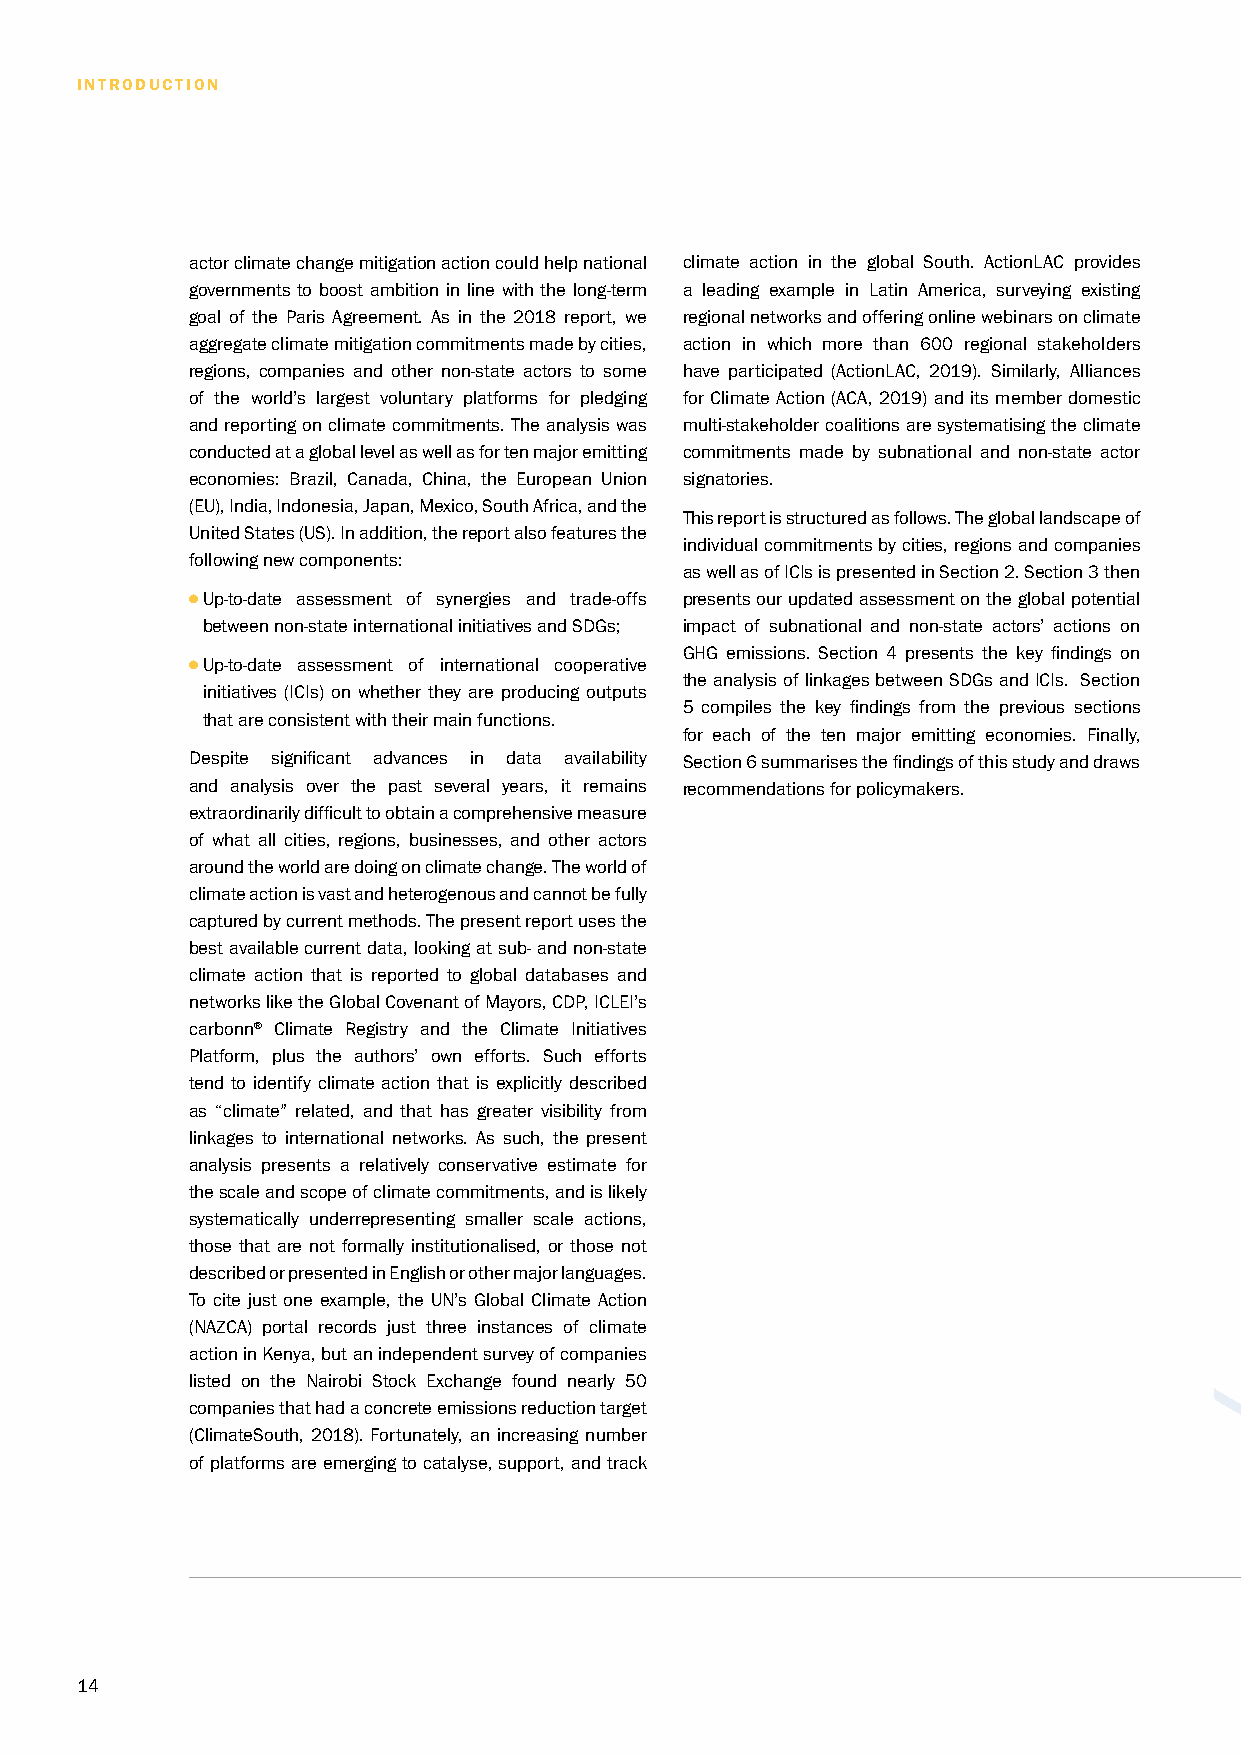
INTRODUCTION
 actor climate change mitigation action could help national climate action in the global South. ActionLAC provides
 governments to boost ambition in line with the long-term a leading example in Latin America, surveying existing
 goal of the Paris Agreement. As in the 2018 report, we regional networks and offering online webinars on climate
 aggregate climate mitigation commitments made by cities, action in which more than 600 regional stakeholders
 regions, companies and other non-state actors to some have participated (ActionLAC, 2019). Similarly, Alliances
 of the world’s largest voluntary platforms for pledging for Climate Action (ACA, 2019) and its member domestic
 and reporting on climate commitments. The analysis was multi-stakeholder coalitions are systematising the climate
 conducted at a global level as well as for ten major emitting commitments made by subnational and non-state actor
 economies: Brazil, Canada, China, the European Union signatories.
 (EU), India, Indonesia, Japan, Mexico, South Africa, and the
 This report is structured as follows. The global landscape of
 United States (US). In addition, the report also features the
 individual commitments by cities, regions and companies
 following new components:
 as well as of ICIs is presented in Section 2. Section 3 then
 Up-to-date assessment of synergies and trade-offs presents our updated assessment on the global potential
 between non-state international initiatives and SDGs; impact of subnational and non-state actors’ actions on
 GHG emissions. Section 4 presents the key findings on
 Up-to-date assessment of international cooperative
 the analysis of linkages between SDGs and ICIs. Section
 initiatives (ICIs) on whether they are producing outputs
 5 compiles the key findings from the previous sections
 that are consistent with their main functions.
 for each of the ten major emitting economies. Finally,
 Despite significant advances in data availability Section 6 summarises the findings of this study and draws
 and analysis over the past several years, it remains recommendations for policymakers.
 extraordinarily difficult to obtain a comprehensive measure
 of what all cities, regions, businesses, and other actors
 around the world are doing on climate change. The world of
 climate action is vast and heterogenous and cannot be fully
 captured by current methods. The present report uses the
 best available current data, looking at sub- and non-state
 climate action that is reported to global databases and
 networks like the Global Covenant of Mayors, CDP, ICLEI’s
 carbonn® Climate Registry and the Climate Initiatives
 Platform, plus the authors’ own efforts. Such efforts
 tend to identify climate action that is explicitly described
 as “climate” related, and that has greater visibility from
 linkages to international networks. As such, the present
 analysis presents a relatively conservative estimate for
 the scale and scope of climate commitments, and is likely
 systematically underrepresenting smaller scale actions,
 those that are not formally institutionalised, or those not
 described or presented in English or other major languages.
 To cite just one example, the UN’s Global Climate Action
 (NAZCA) portal records just three instances of climate
 action in Kenya, but an independent survey of companies
 listed on the Nairobi Stock Exchange found nearly 50
 companies that had a concrete emissions reduction target
 (ClimateSouth, 2018). Fortunately, an increasing number
 of platforms are emerging to catalyse, support, and track
 14